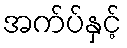
အက်ပ်နှင့်